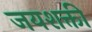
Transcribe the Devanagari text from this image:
जयशक्ती